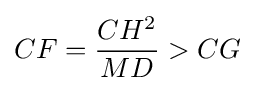
CF={\frac {CH^{2}}{MD}}>CG